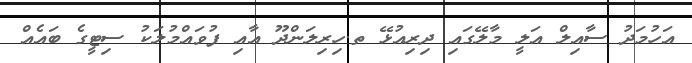
އަހުމަދު ސާއިލް އަލީ މާލޭގައި ދިރިއުޅޭ ތ.ހިރިލަންދޫ އާއި ފުވައްމުލަކު ސިޓީގެ ބައެއް